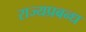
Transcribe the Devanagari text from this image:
राज्यप्रबन्ध